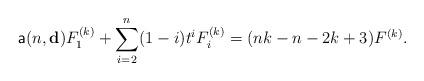
LaTeX: \begin{align*}\mathsf{a}(n,\mathbf{d}) F_1^{(k)}+\sum_{i=2}^{n}(1-i)t^{i}F_i^{(k)}=(nk-n-2k+3)F^{(k)}.\end{align*}